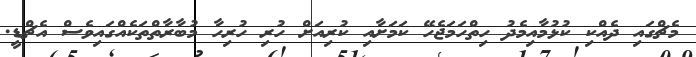
މެޗްގައި ދެއްކި ކުޅުމާއިމެދު ހިތްހަމަޖެހޭ ކަމަށާއި ކުރިއަށް ހުރި ހުރިހާ މުބާރާތްތަކެއްގައިވެސް އެޗްޑީ.